Black-water fever - Number 35
Disease focus: Fever
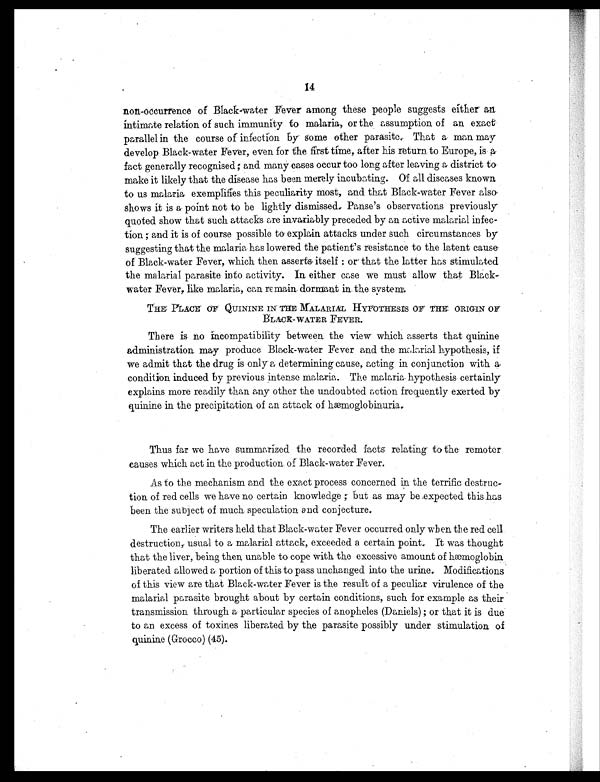
14
non-occurrence of Black-water Fever among these people suggests either an
intimate relation of such immunity to malaria, or the assumption of an exact
parallel in the course of infection by some other parasite. That a man may
develop Black-water Fever, even for the first time, after his return to Europe, is a
fact generally recognised ; and many cases occur too long after leaving a district to
make it likely that the disease has been merely incubating. Of all diseases known
to us malaria exemplifies this peculiarity most, and that Black-water Fever also
shows it is a point not to be lightly dismissed. Panse's observations previously
quoted show that such attacks are invariably preceded by an active malarial infec
-tion ; and it is of course possible to explain attacks under such circumstances by
suggesting that the malaria has lowered the patient's resistance to the latent cause-
of Black-water Fever, which then asserts itself : or that the latter has stimulated
the malarial parasite into activity. In either case we must allow that Black-
water Fever, like malaria, can remain dormant in the system
THE PLACE OF QUININE IN THE MALARIAL HYPOTHESIS OF THE ORIGIN OF
BLACK-WATER FEVER.
There is no incompatibility between the view which asserts that quinine
administration, may produce Black-water Fever and the malarial hypothesis, if
we admit that the drug is only a determining cause, acting in conjunction with a
condition induced by previous intense malaria. The malaria hypothesis certainly
explains more readily than any other the undoubted action frequently exerted by
quinine in the precipitation of an attack of hæmoglobinuria.
Thus far we have summarized the recorded facts relating to the remoter
causes which act in the production. of Black-water Fever.
As to the mechanism and the exact process concerned in the terrific destruc
- t i o n o f r e d c e l l s w e h a v e n o c e r t a i n k n o w l e d g e ; b u t a s m a y b e e x p e c t e d t h i s h a s
been the subject of much speculation and conjecture.
The earlier writers held that Black-water Fever occurred only when, the red cell
destruction, usual to a malarial attack, exceeded a certain point. It was thought
that the liver, being then, unable to cope with the excessive amount of hæmoglobin
liberated allowed a portion of this to pass unchanged into the urine. Modifications
of this view are that Black-water Fever is the result of a peculiar virulence of the
malarial parasite brought about by certain conditions, such for example as their
transmission through a particular species of anopheles (Daniels) ; or that it is due
to an excess of toxines liberated by the parasite possibly under stimulation of
quinine (Grocco) (45).